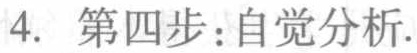
4. 第四步：自觉分析.